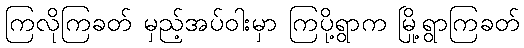
ကြလိုကြခတ် မှည့်အပ်ဝါးမှာ ကြပို့ရွာက မြို့ရွာကြခတ်